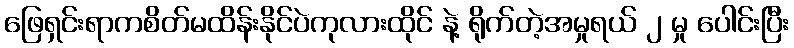
ဖြေရှင်းရာကစိတ်မထိန်းနိုင်ပဲကုလားထိုင် နဲ့ ရိုက်တဲ့အမှုရယ် ၂ မှု ပေါင်းပြီး